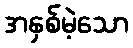
အနှစ်မဲ့သော